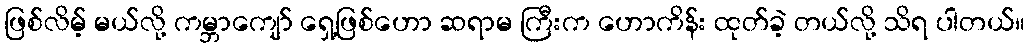
ဖြစ်လိမ့် မယ်လို့ ကမ္ဘာကျော် ရှေ့ဖြစ်ဟော ဆရာမ ကြီးက ဟောကိန်း ထုတ်ခဲ့ တယ်လို့ သိရ ပါတယ်။